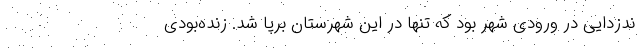
ندزدایی در ورودی شهر بود که تنها در این شهرستان برپا شد. زنده‌بودی